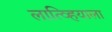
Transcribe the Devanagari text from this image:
लात्व्हियाला